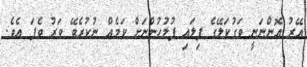
އޭރު އޮންނަނީ ވަގުކަލޭގެ ފިލައި ފުލުހުންނަށް ކަމެއް ނުކުރެވޭ ވަރު ވެފަ އެވެ.